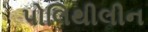
પોલિથીલીન